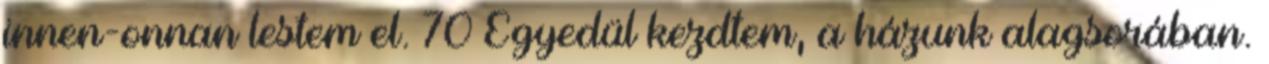
innen-onnan lestem el. 70 Egyedül kezdtem, a házunk alagsorában.